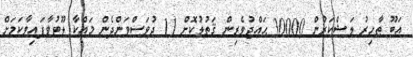
އަބޫ ޠާހިރު ލަޝްކަރުން 30000 ޙައްޖުވެރިން ޤަތުލުކޮށް 11 ދުވަސްވަންދެން މައްކާ ލޫޓުވާފައިވާކަމަށް